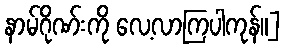
နာမ်ဂိုဏ်းကို လေ့လာကြပါကုန်။]